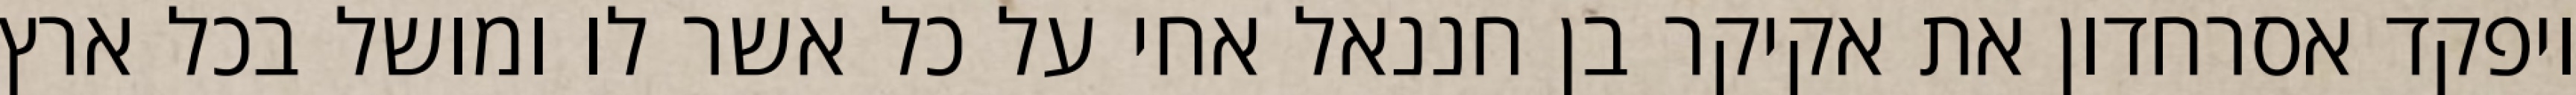
ויפקד אסרחדון את אקיקר בן חננאל אחי על כל אשר לו ומושל בכל ארץ